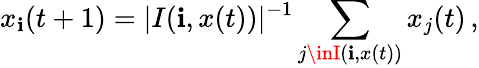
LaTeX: x_{\mathbf{i}}(t+1)=|I(\mathbf{i},x(t))|^{-1}\sum_{j\inI(\mathbf{i},x(t))}x_{j}(t)\, ,